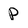
Character: P